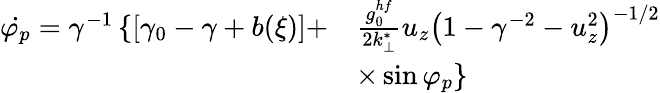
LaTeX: \begin{array}{rl}{\dot{\varphi_{p}}=\gamma^{-1}\left\{ \left[\gamma_{0}-\gamma+b(\xi)\right]+\right.}&{\frac{g_{0}^{hf}}{2k_{\perp}^{*}}u_{z}\left(1-\gamma^{-2}-u_{z}^{2}\right)^{-1/2}}\\ &{\left.\times\sin\varphi_{p}\right\} }\end{array}